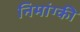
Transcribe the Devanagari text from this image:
निमांग्की